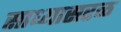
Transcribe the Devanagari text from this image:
साध्यासरळ